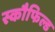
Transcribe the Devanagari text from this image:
स्कौफिल्ड